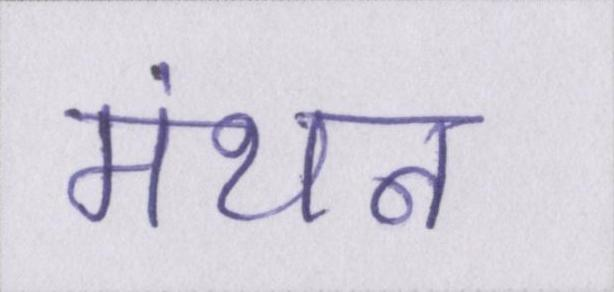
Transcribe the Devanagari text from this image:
मंथन